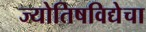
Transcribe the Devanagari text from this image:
ज्योतिषविद्येचा